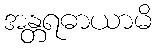
အန္တရဓာယာမိ